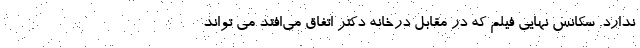
ندارد. سکانس نهایی فیلم که در مقابل درخانه دکتر اتفاق می‌افتد می تواند